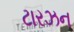
ટારઝન